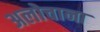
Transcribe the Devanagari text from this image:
अलोचाना